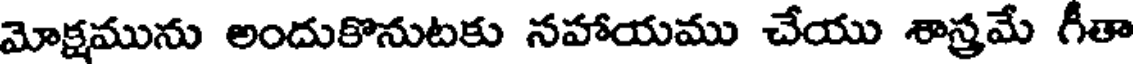
మోక్షమును అందుకొనుటకు నహాయము చేయు శాస్త్రమే గీతా